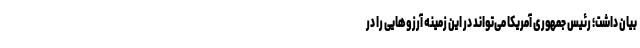
بیان داشت؛ رئیس جمهوری آمریکا می‌تواند در این زمینه آرزوهایی را در